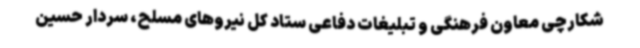
شکارچی معاون فرهنگی و تبلیغات دفاعی ستاد کل نیروهای مسلح، سردار حسین